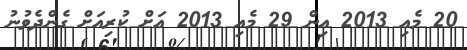
20 މެއި 2013 އިން 29 މެއި 2013 އަށް ކުރިއަށް ގެންދެވުނު